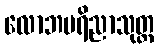
လောဘပရိညာသုတ္တ